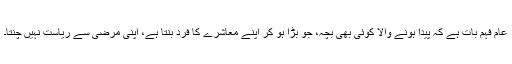
عام فہم بات ہے کہ پیدا ہونے والا کوئی بھی بچہ، جو بڑا ہو کر اپنے معاشرے کا فرد بنتا ہے، اپنی مرضی سے ریاست نہیں چنتا۔